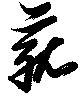
菰